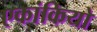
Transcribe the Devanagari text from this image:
एकांकियो